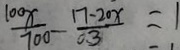
\frac { 1 0 0 x } { 7 0 0 } - \frac { 1 7 - 2 0 x } { 0 . 3 } = 1